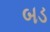
બડ